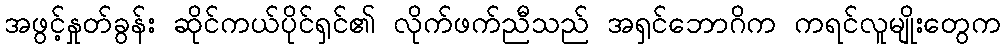
အဖွင့်နှုတ်ခွန်း ဆိုင်ကယ်ပိုင်ရှင်၏ လိုက်ဖက်ညီသည် အရှင်ဘောဂိက ကရင်လူမျိုးတွေက